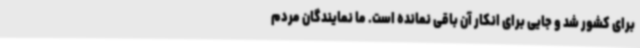
برای کشور شد و جایی برای انکار آن باقی نمانده است. ما نمایندگان مردم